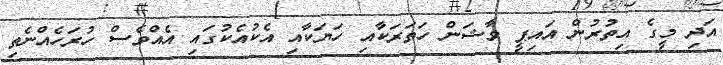
އަދި މީގެ އިތުރުން އައިޕީ ވާޝަން ހަތަރަކާއި ހަޔަކާއި އެކުއެކުގައި އެއްވެސް ހުރަހެއްނެތި